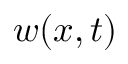
w ( x , t )